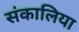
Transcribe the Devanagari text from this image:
संकालिया